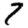
Digit: 7